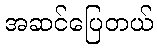
အဆင်ပြေတယ်